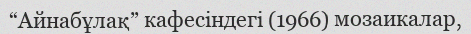
“Айнабұлақ” кафесіндегі (1966) мозаикалар,